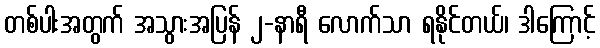
တစ်ပါးအတွက် အသွားအပြန် ၂-နာရီ လောက်သာ ရနိုင်တယ်၊ ဒါကြောင့်